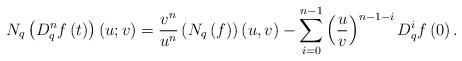
LaTeX: \begin{align*}N_{q}\left( D_{q}^{n}f\left( t\right) \right) \left( u;v\right) =\frac{v^{n}}{u^{n}}\left( N_{q}\left( f\right) \right) \left( u,v\right)-\sum_{i=0}^{n-1}\left( \frac{u}{v}\right) ^{n-1-i}D_{q}^{i}f\left( 0\right). \end{align*}